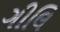
ગીલિ